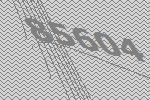
85604